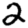
Digit: 2